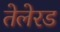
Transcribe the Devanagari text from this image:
तेलेरड